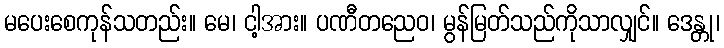
မပေးစေကုန်သတည်း။ မေ၊ ငါ့အား။ ပဏီတညေဝ၊ မွန်မြတ်သည်ကိုသာလျှင်။ ဒေန္တု၊